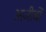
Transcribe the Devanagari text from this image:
अजीबों